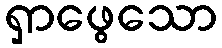
ရှာဖွေသော